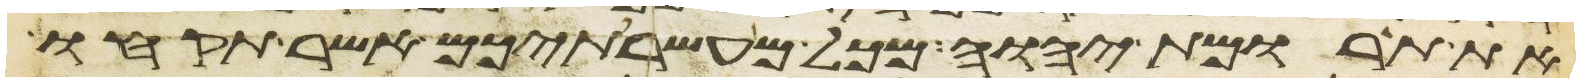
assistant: את תרומת יהוה מכל מעשרתיכם אשר תקחו